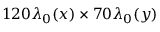
1 2 0 \lambda _ { 0 } ( x ) \times 7 0 \lambda _ { 0 } ( y )